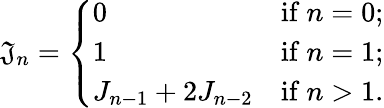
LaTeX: \mathfrak{J}_{n}={\left\{ \begin{array}{ll}{0}&{{\mathrm{if~}}n=0;}\\ {1}&{{\mathrm{if~}}n=1;}\\ {J_{n-1}+2J_{n-2}}&{{\mathrm{if~}}n>1.}\end{array}\right.}